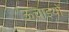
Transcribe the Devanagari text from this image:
ऊचाइयों